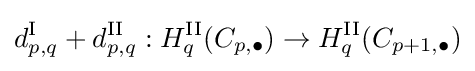
d_{p,q}^{\textrm {I}}+d_{p,q}^{\textrm {II}}:H_{q}^{\textrm {II}}(C_{p,\bullet })\rightarrow H_{q}^{\textrm {II}}(C_{p+1,\bullet })